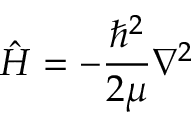
{ \hat { H } } = - { \frac { \hbar ^ { 2 } } { 2 \mu } } \nabla ^ { 2 }